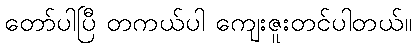
တော်ပါပြီ တကယ်ပါ ကျေးဇူးတင်ပါတယ်။